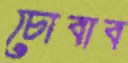
চোবাব